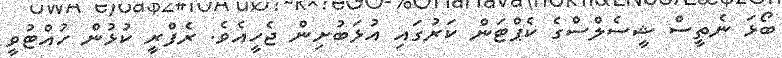
ބޯޅަ ނެތީސް ޝީސެލްސްގެ ކެޕްޓަން ކަރުގައި އުޅަބުށިން ޖެހީއެވެ. ރެފްރީ ކުޅުން ހުއްޓުވީ